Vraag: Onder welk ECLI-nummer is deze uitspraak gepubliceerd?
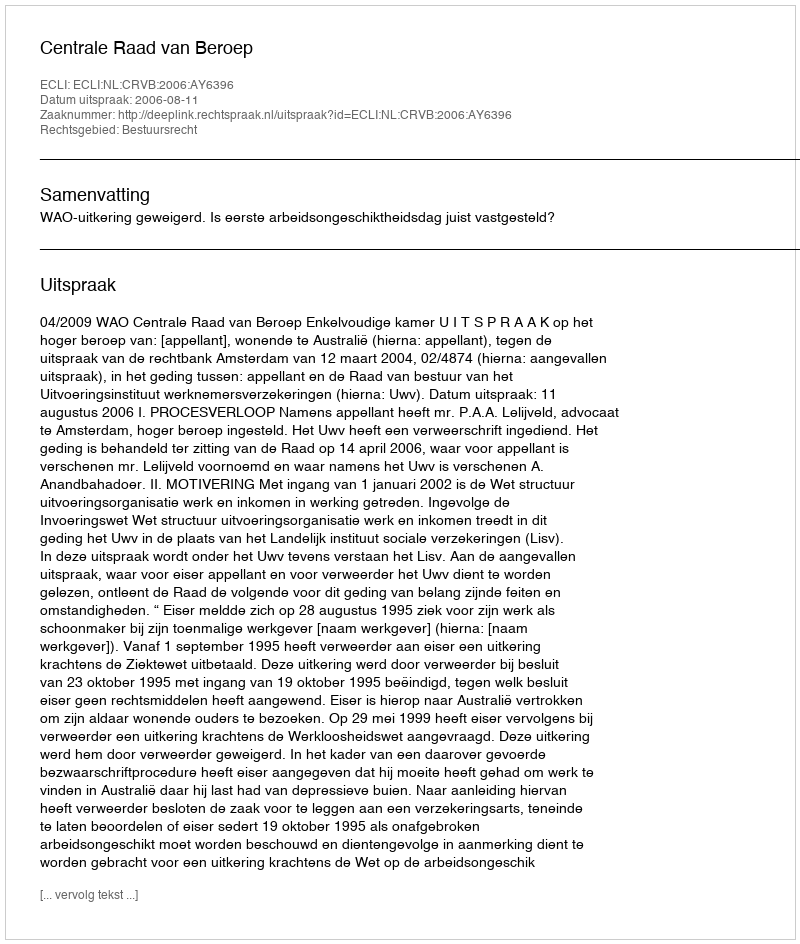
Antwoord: ECLI:NL:CRVB:2006:AY6396